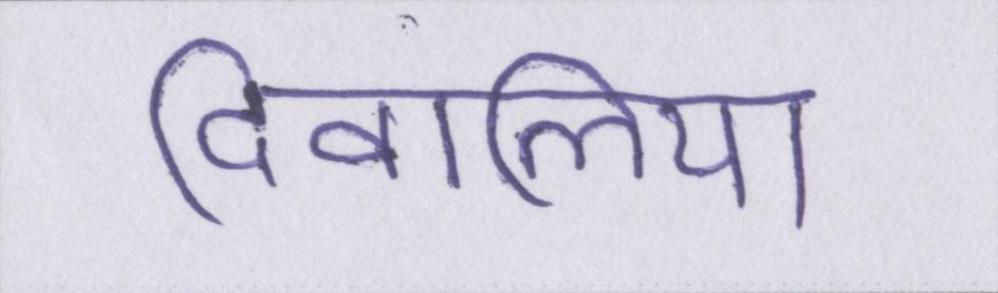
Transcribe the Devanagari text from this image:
दिवालिया